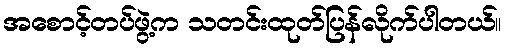
အစောင့်တပ်ဖွဲ့က သတင်းထုတ်ပြန်လိုက်ပါတယ်။